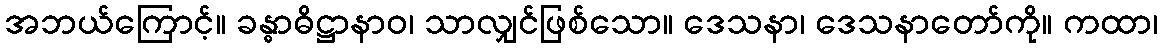
အဘယ်ကြောင့်။ ခန္ဓာဓိဋ္ဌာနာဝ၊ သာလျှင်ဖြစ်သော။ ဒေသနာ၊ ဒေသနာတော်ကို။ ကထာ၊